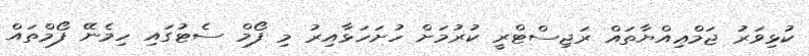
ކުޅިވަރު ޖަމްޢިއްޔާތައް ރަޖިސްޓްރީ ކުރުމަށް ހުށަހަޅާއިރު މި ފޯމް ސެޓުގައި ހިމެނޭ ފޯމްތައް